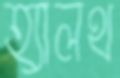
হ্যালথ